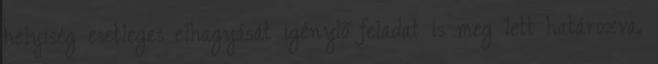
helyiség esetleges elhagyását igénylõ feladat is meg lett határozva.